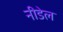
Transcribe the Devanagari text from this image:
नीडेल